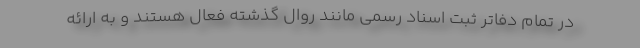
در تمام دفاتر ثبت اسناد رسمی مانند روال گذشته فعال هستند و به ارائه